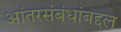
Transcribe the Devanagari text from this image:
आंतरसंबंधांबद्दल